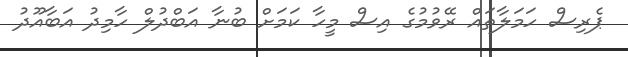
ޕެރިސް ހަމަލާތައް ރޭވުމުގެ އިސް މީހާ ކަމަށް ބުނާ އަބްދުލް ހާމިދު އަބާއޫދު